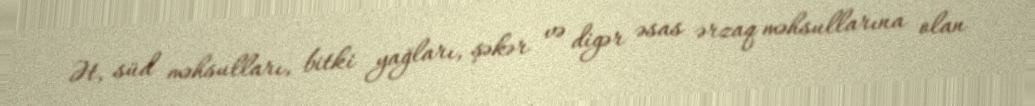
Ət, süd məhsulları, bitki yağları, şəkər və digər əsas ərzaq məhsullarına olan